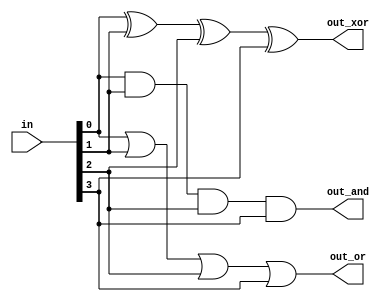
module top_module (
    input wire [3:0] in,
    output wire out_and,
    output wire out_or,
    output wire out_xor
);

    // Logic for 4-input AND gate
    assign out_and = in[0] & in[1] & in[2] & in[3];

    // Logic for 4-input OR gate
    assign out_or = in[0] | in[1] | in[2] | in[3];

    // Logic for 4-input XOR gate
    assign out_xor = in[0] ^ in[1] ^ in[2] ^ in[3];

endmodule